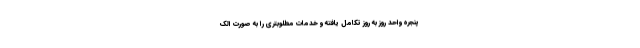
پنجره واحد روز به روز تکامل یافته و خدمات مطلوبتری را به صورت الک